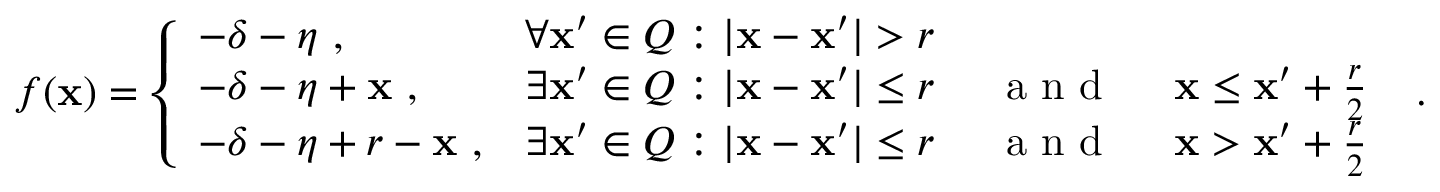
f ( \mathbf x ) = \left\{ \begin{array} { l l } { - \delta - \eta ~ , } & { \forall \mathbf x ^ { \prime } \in Q : | \mathbf x - \mathbf x ^ { \prime } | > r } \\ { - \delta - \eta + \mathbf x ~ , } & { \exists \mathbf x ^ { \prime } \in Q : | \mathbf x - \mathbf x ^ { \prime } | \leq r \textnormal { ~ ~ a n d ~ ~ } \mathbf x \leq \mathbf x ^ { \prime } + \frac { r } { 2 } } \\ { - \delta - \eta + r - \mathbf x ~ , } & { \exists \mathbf x ^ { \prime } \in Q : | \mathbf x - \mathbf x ^ { \prime } | \leq r \textnormal { ~ ~ a n d ~ ~ } \mathbf x > \mathbf x ^ { \prime } + \frac { r } { 2 } } \end{array} \right. ~ .